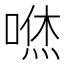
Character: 𠹎